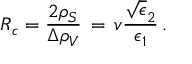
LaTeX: R _ { c } = { \frac { 2 \rho _ { S } } { \Delta \rho _ { V } } } \, = \, v { \frac { \sqrt \epsilon _ { 2 } } { \epsilon _ { 1 } } } \, .